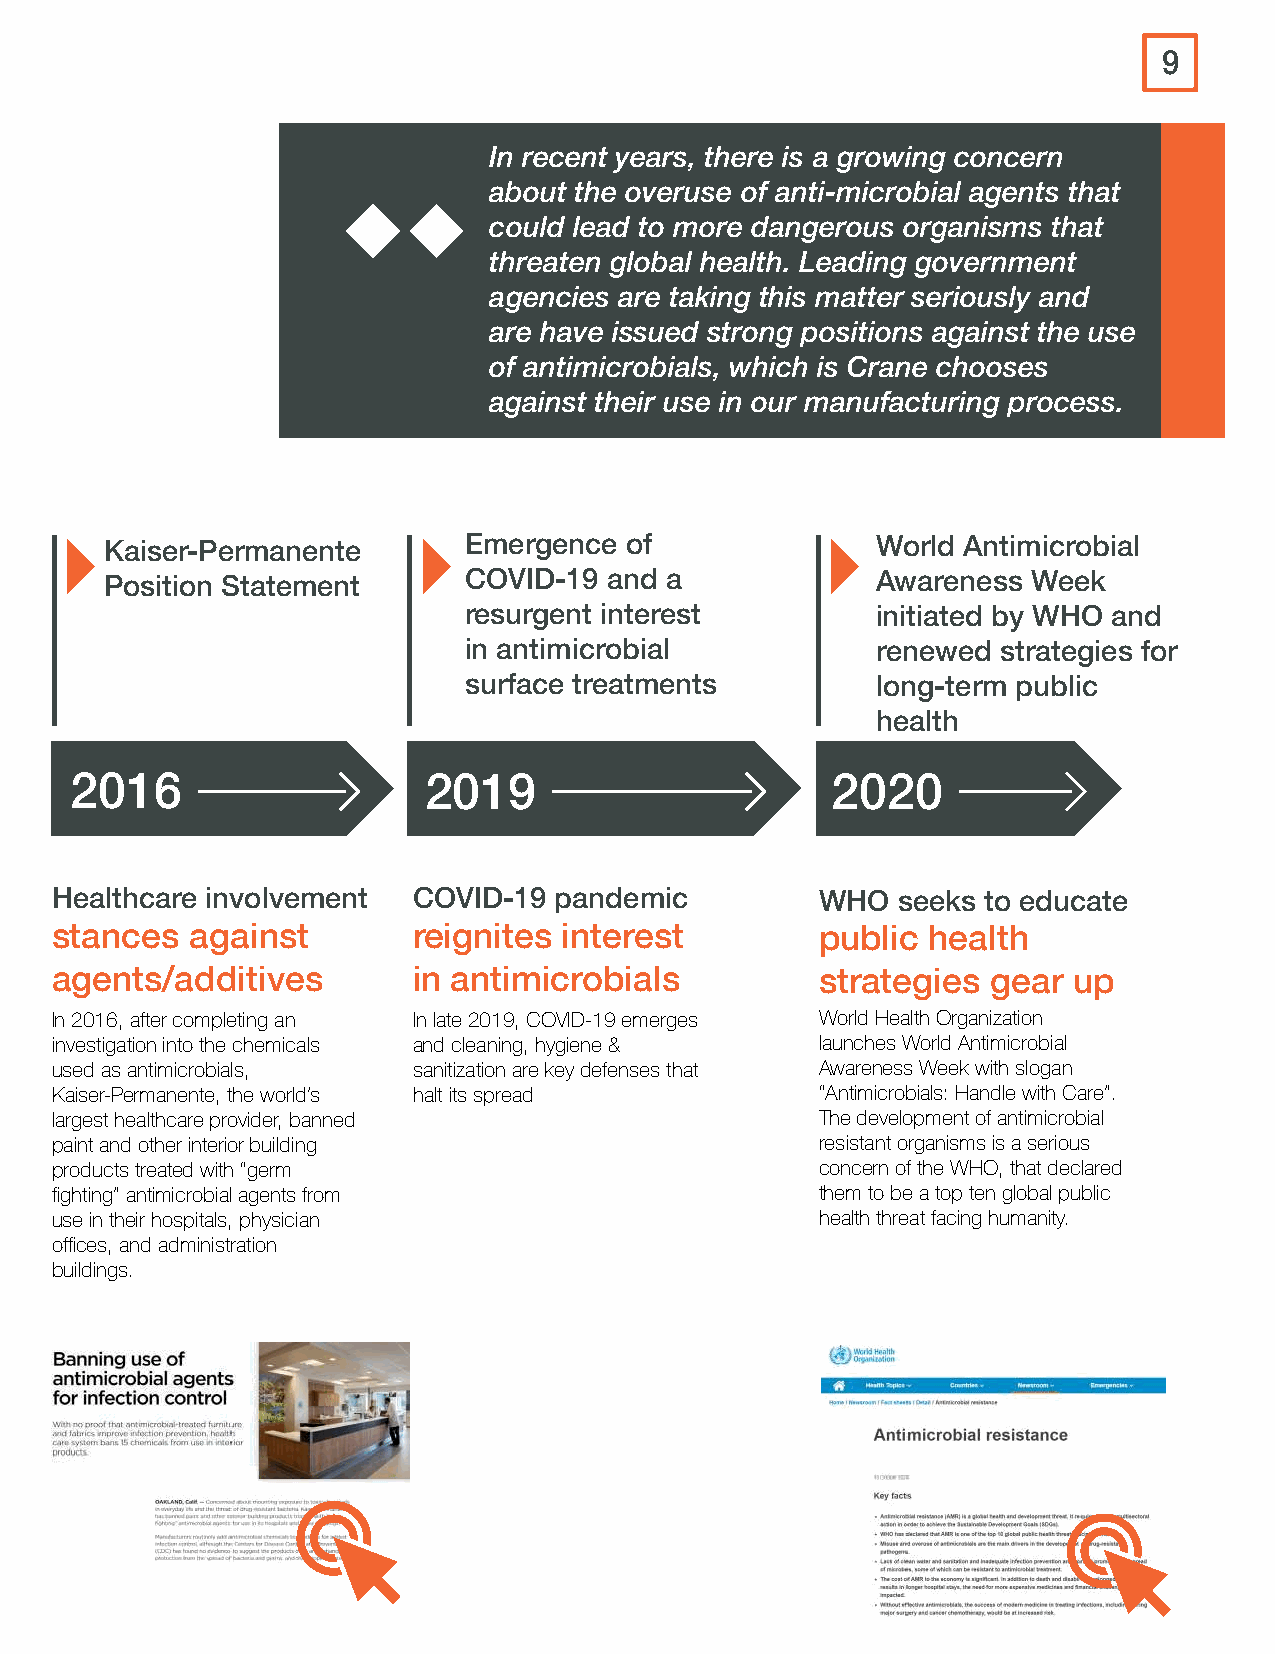
9
 In recent years, there is a growing concern
 about the overuse of anti-microbial agents that
 could lead to more dangerous organisms that
 threaten global health. Leading government
 agencies are taking this matter seriously and
 are have issued strong positions against the use
 of antimicrobials, which is Crane chooses
 against their use in our manufacturing process.
 Kaiser-Permanente       Emergence of               World Antimicrobial
 Position Statement      COVID-19 and a             Awareness Week
 resurgent interest         initiated by WHO and
 in antimicrobial           renewed strategies for
 surface treatments         long-term public
 health
 2016                   2019                       2020
 Healthcare involvement  COVID-19  pandemic         WHO  seeks to educate
 stances   against       reignites interest         public  health
 agents/additives        in antimicrobials          strategies  gear up
 In 2016, after completing an In late 2019, COVID-19 emerges World Health Organization
 investigation into the chemicals and cleaning, hygiene & launches World Antimicrobial
 used as antimicrobials, sanitization are key defenses that Awareness Week with slogan
 Kaiser-Permanente, the world’s halt its spread     “Antimicrobials: Handle with Care”.
 largest healthcare provider, banned                The development of antimicrobial
 paint and other interior building                  resistant organisms is a serious
 products treated with “germ                        concern of the WHO, that declared
 fighting” antimicrobial agents from                them to be a top ten global public
 use in their hospitals, physician                  health threat facing humanity.
 offices, and administration
 buildings.